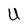
Character: U